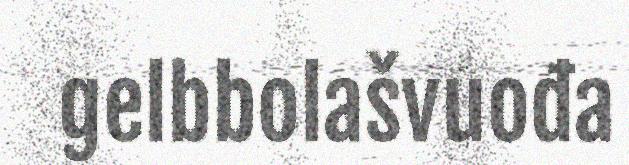
gelbbolašvuođa